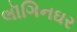
લૉગિનઘર